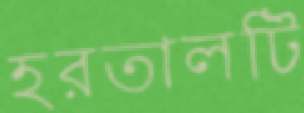
হরতালটি